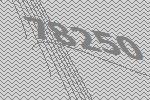
78250